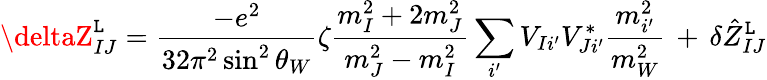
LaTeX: \deltaZ_{IJ}^{\mathtt{L}}=\frac{{-e^{2}}}{{32\pi^{2}\sin^{2}\theta_{W}}}\zeta\frac{{m_{I}^{2}+2m_{J}^{2}}}{{m_{J}^{2}-m_{I}^{2}}}\sum_{i^{\prime}}V_{Ii^{\prime}}V_{Ji^{\prime}}^{*}\frac{{m_{i^{\prime}}^{2}}}{{m_{W}^{2}}}\, +\, \delta\hat{{Z}}_{IJ}^{\mathtt{L}}